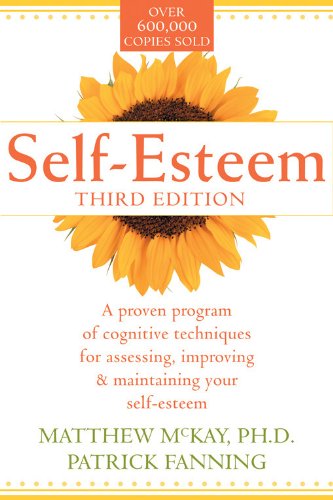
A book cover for Self-Esteem: A Proven Program of Cognitive Techniques for Assessing, Improving, and Maintaining Your Self-Esteem; Matthew McKay; Self-Help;